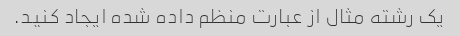
یک رشته مثال از عبارت منظم داده شده ایجاد کنید.